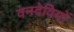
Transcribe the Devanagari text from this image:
वनदेवियों